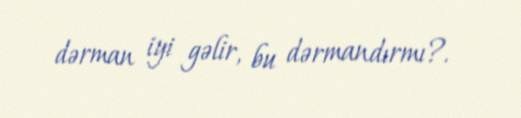
dərman iyi gəlir, bu dərmandırmı?.